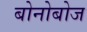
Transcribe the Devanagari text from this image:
बोनोबोज